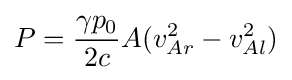
P={\frac {\gamma p_{0}}{2c}}A(v_{Ar}^{2}-v_{Al}^{2})